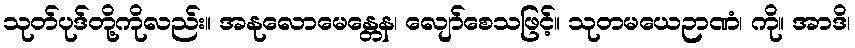
သုတ်ပုဒ်တို့ကိုလည်း။ အနုလောမေန္တေန၊ လျော်စေသဖြင့်။ သုတမယေဉာဏံ၊ ကို။ အာဒိ၊